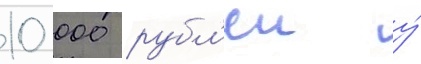
10 000 рубл'еи у́